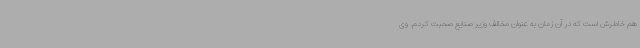
هم خاطرش است که در آن زمان به عنوان مخالف وزیر صنایع صحبت کردم. وی